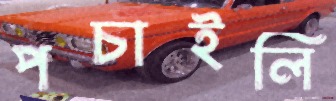
পচাইলি